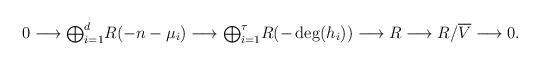
LaTeX: \begin{align*}0 \longrightarrow {\textstyle\bigoplus_{i=1}^d} R(-n-\mu_i)\longrightarrow {\textstyle\bigoplus_{i=1}^\tau} R(-\deg(h_i))\longrightarrow R \longrightarrow R/\overline{V} \longrightarrow 0.\end{align*}